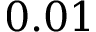
0 . 0 1